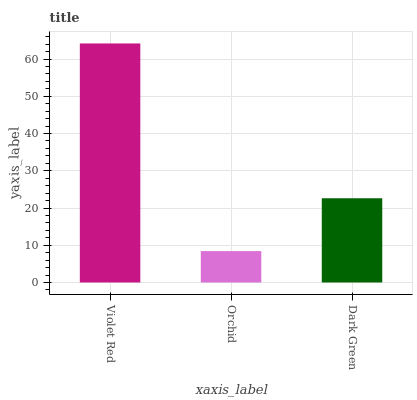
| xaxis_label | bars |
 | --- | --- |
 | Violet Red | 64.2 |
 | Orchid | 8.43 |
 | Dark Green | 22.6 |